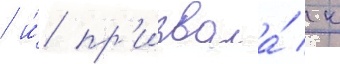
/ и́ пр'извала́ к